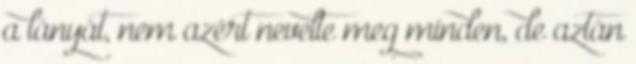
a lányát, nem azért nevelte meg minden, de aztán